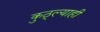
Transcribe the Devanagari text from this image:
कुठ्ल्याही